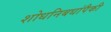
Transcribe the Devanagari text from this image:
शोधनिबधांपैकी